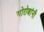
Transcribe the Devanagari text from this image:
गोरोबांनी